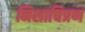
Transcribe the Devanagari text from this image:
निशाचित्रण